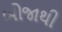
બોજાથી